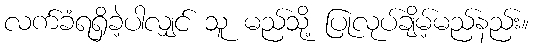
လက်ခံရရှိခဲ့ပါလျှင် သူ မည်သို့ ပြုလုပ်ချိမ့်မည်နည်း။